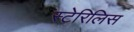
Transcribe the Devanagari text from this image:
स्टेरिलिस